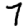
Digit: 7